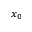
x _ { 0 }